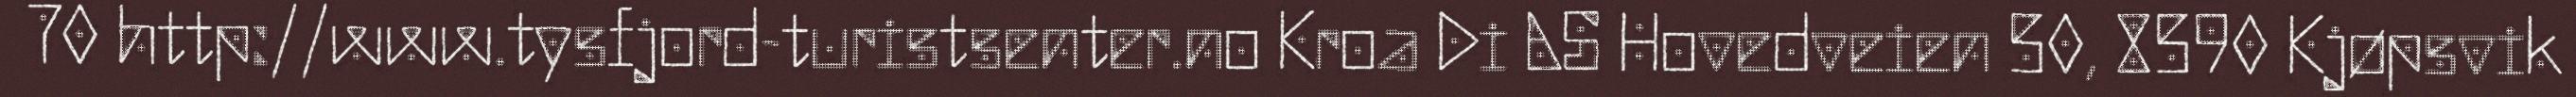
70 http://www.tysfjord-turistsenter.no Kroa Di AS Hovedveien 50, 8590 Kjøpsvik